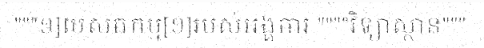
"""១]បេសកកម្ម[១]របស់អង្គការ """"វិទ្យាស្ថាន"""